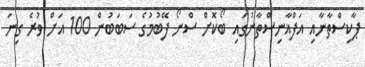
ޕާކިސްތާނާއި އަފްޣާނިސްތާނުގައި ބޯކޮށް ސްނޯ ފޭބުމުގެ ސަބަބުން 100 އަށް ވުރެ ގިނަ